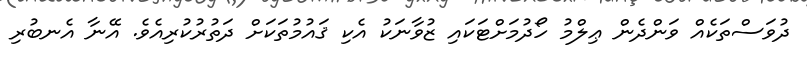
ދުވަސްތަކެއް ވަންދެން ޢިލްމު ހޯދުމަށްޓަކައި ޒުވާނަކު އެކި ޤައުމުތަކަށް ދަތުރުކުރިއެވެ. އޭނާ އެނބުރި